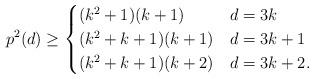
LaTeX: \begin{align*}p^2(d) \ge\begin{cases}(k^2+1)(k+1) & d = 3k \\(k^2+k+1)(k+1) & d = 3k+1 \\(k^2+k+1)(k+2) & d = 3k+2.\end{cases}\end{align*}